Civil Veterinary Dept. Bombay admin report 1900-1906 - 1900-1906
Year: 1900
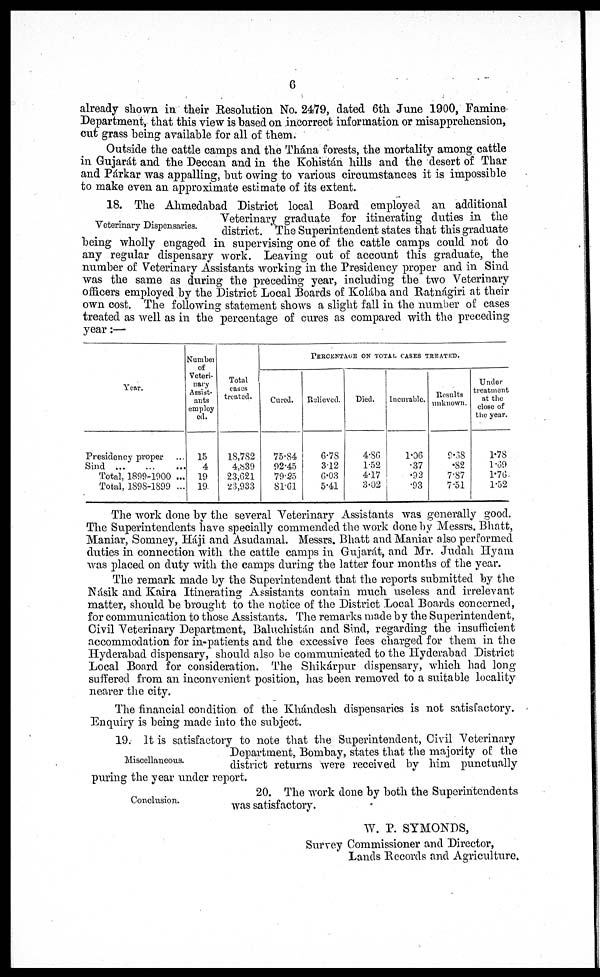
6
already shown in their Resolution No. 2479, dated 6th June 1900, Famine
Department, that this view is based on incorrect information or misapprehension,
cut grass being available for all of them.
Outside the cattle camps and the Thána forests, the mortality among cattle
in Gujarát and the Decean and in the Kohistán hills and the desert of Thar
and Párkar was appalling, but owing to various circumstances it is impossible
to make even an approximate estimate of its extent.
Veterinary Dispensaries.
18. The Ahmedabad District local Board employed an additional
Veterinary graduate for itinerating duties in the
district. The Superintendent states that this graduate
being wholly engaged in supervising one of the cattle camps could not do
any regular dispensary work. Leaving out of account this graduate, the
number of Veterinary Assistants working in the Presidency proper and in Sind
was the same as during the preceding year, including the two Veterinary
officers employed by the District Local Boards of Kolába and Ratnágiri at their
own cost. The following statement shows a slight fall in the number of cases
treated as well as in the percentage of cures as compared with the preceding
year:—
Year.
Presidency proper ...
Sind ... ... ...
Total, 1899-1900 ...
Total, 1898-1899 ...
Number
of
Veteri-
nary
Assist-
ants
employ
ed.
15
4
19
19
Total
cases
treated.
18,782
4,839
23,621
23,933
PERCENTAGE ON TOTAL CASES TREATED.
Cured.
75.84
92.45
79.25
81.61
Relieved.
6.78
3.12
6.03
5.41
Died.
4.86
1.52
4.17
3.02
Incurable.
1.06
.37
.92
.93
Results
unknown.
9.38
.82
7.87
7.51
Under
treatment
at the
close of
the year.
1.78
1.69
1.76
1.52
The work done by the several Veterinary Assistants was generally good.
The Superintendents have specially commended the work done by Messrs. Bhatt,
Maniar, Somney, Háji and Asudamal. Messrs. Bhatt and Maniar also performed
duties in connection with the cattle camps in Gujarát, and Mr. Judah Hyam
was placed on duty with the camps during the latter four months of the year.
The remark made by the Superintendent that the reports submitted by the
Násik and Kaira Itinerating Assistants contain much useless and irrelevant
matter, should be brought to the notice of the District Local Boards concerned,
for communication to those Assistants. The remarks made by the Superintendent,
Civil Veterinary Department, Baluchistán and Sind, regarding the insufficient
accommodation for in-patients and the excessive fees charged for them in the
Hyderabad dispensary, should also be communicated to the Hyderabad District
Local Board for consideration. The Shikárpur dispensary, which had long
suffered from an inconvenient position, has been removed to a suitable locality
nearer the city.
The financial condition of the Khándesh dispensaries is not satisfactory.
Enquiry is being made into the subject.
Miscellaneous.
19. It is satisfactory to note that the Superintendent, Civil Veterinary
Department, Bombay, states that the majority of the
district returns were received by him punctually
puring the year under report.
Conclusion.
20. The work done by both the Superintendents
was satisfactory.
W. P. SYMONDS,
Survey Commissioner and Director,
Lands Records and Agriculture.